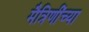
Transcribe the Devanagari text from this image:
मैत्रिणींच्या